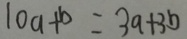
1 0 a + b = 3 a + 3 b